Civil Veterinary Department Bihar & Orissa reports 1929-36 - 1929-1936
Year: 1929
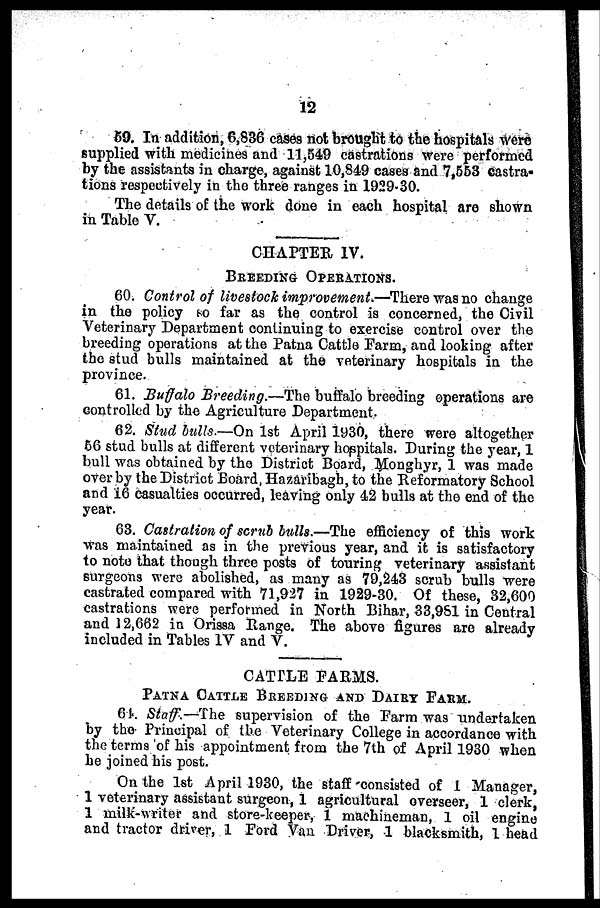
12
59. In addition, 6,836 cases not brought to the hospitals were
supplied with medicines and 11,549 castrations were performed
by the assistants in charge, against 10,849 cases and 7,553 castra-
tions respectively in the three ranges in 1929-30.
The details of the work done in each hospital are shown
in Table V.
CHAPTER IV.
BREEDING
OPERATIONS.
60. Control of livestock improvement.—There was no change
in the policy so far as the control is concerned, the Civil
Veterinary Department continuing to exercise control over the
breeding operations at the Patna Cattle Farm, and looting after
the stud bulls maintained at the veterinary hospitals in the
province.
61. Buffalo Breeding.—The buffalo breeding operations are
controlled by the Agriculture Department.
62. Stud bulls.—On 1st April 1930, there were altogether
66 stud bulls at different veterinary hospitals. During the year, 1
bull was obtained by the District Board, Monghyr, I was made
over by the District Board, Hazaribagh, to the Reformatory School
and 16 casualties occurred, leaving only 42 bulls at the end of the
year.
63. Castration of scrub bulls.—The efficiency of this work
was maintained as in the previous year, and it is satisfactory
to note that though three posts of touring veterinary assistant
surgeons were abolished, as many as 79,243 scrub bulls were
castrated compared with 71,927 in 1929-30. Of these, 32,600
castrations were performed in North Bihar, 33,981 in Central
and 12,662 in Orissa Range. The above figures are already
included in Tables IV and V.
CATTLE FARMS.
PATNA CATTLE BREEDING AND DAIRY FARM.
64. Staff.—The supervision of the Farm was undertaken
by the Principal of the Veterinary College in accordance with
the terms of his appointment from the 7th of April 1930 when
he joined his post.
On the 1st April 1930, the staff consisted of 1 Manager,
1 veterinary assistant surgeon, 1 agricultural overseer, 1 clerk,
1 milk-writer and store-keeper, 1 machineman, 1 oil engine
and tractor driver, 1 Ford Van Driver, 1 blacksmith, 1 head